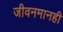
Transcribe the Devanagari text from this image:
जीवनमानही